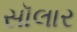
સૉલાર